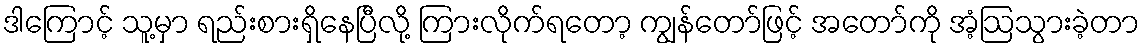
ဒါကြောင့် သူ့မှာ ရည်းစားရှိနေပြီလို့ ကြားလိုက်ရတော့ ကျွန်တော်ဖြင့် အတော်ကို အံ့ဩသွားခဲ့တာ